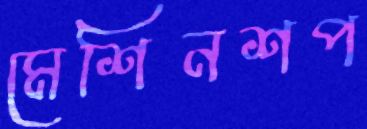
মেশিনশপ